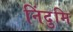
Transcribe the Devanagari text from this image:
निंदुमि